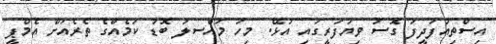
އިސްތިއުފަދީފަ ގޮސަ ވިޔަފަރީގައި އުޅޭ. މިހަ މަައްސލަ ބޮޑު ކަމެއްގެ ތެރެއަށް އެމްޕީ